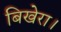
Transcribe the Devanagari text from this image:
बिखेरा।